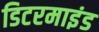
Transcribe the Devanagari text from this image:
डिटरमाइंड